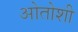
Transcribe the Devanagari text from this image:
ओतोशी